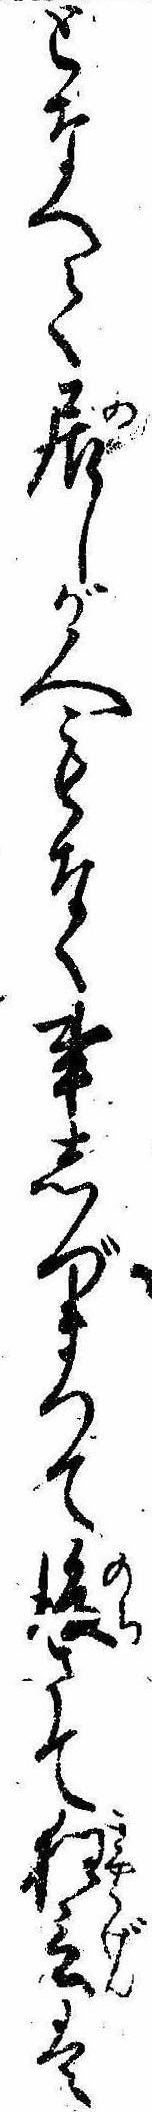
となへて居しが人もなく事しづまつて後さて狂言は